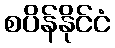
စပိန်နိုင်ငံ